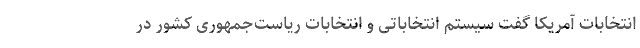
انتخابات آمریکا گفت سیستم انتخاباتی و انتخابات ریاست‌جمهوری کشور در